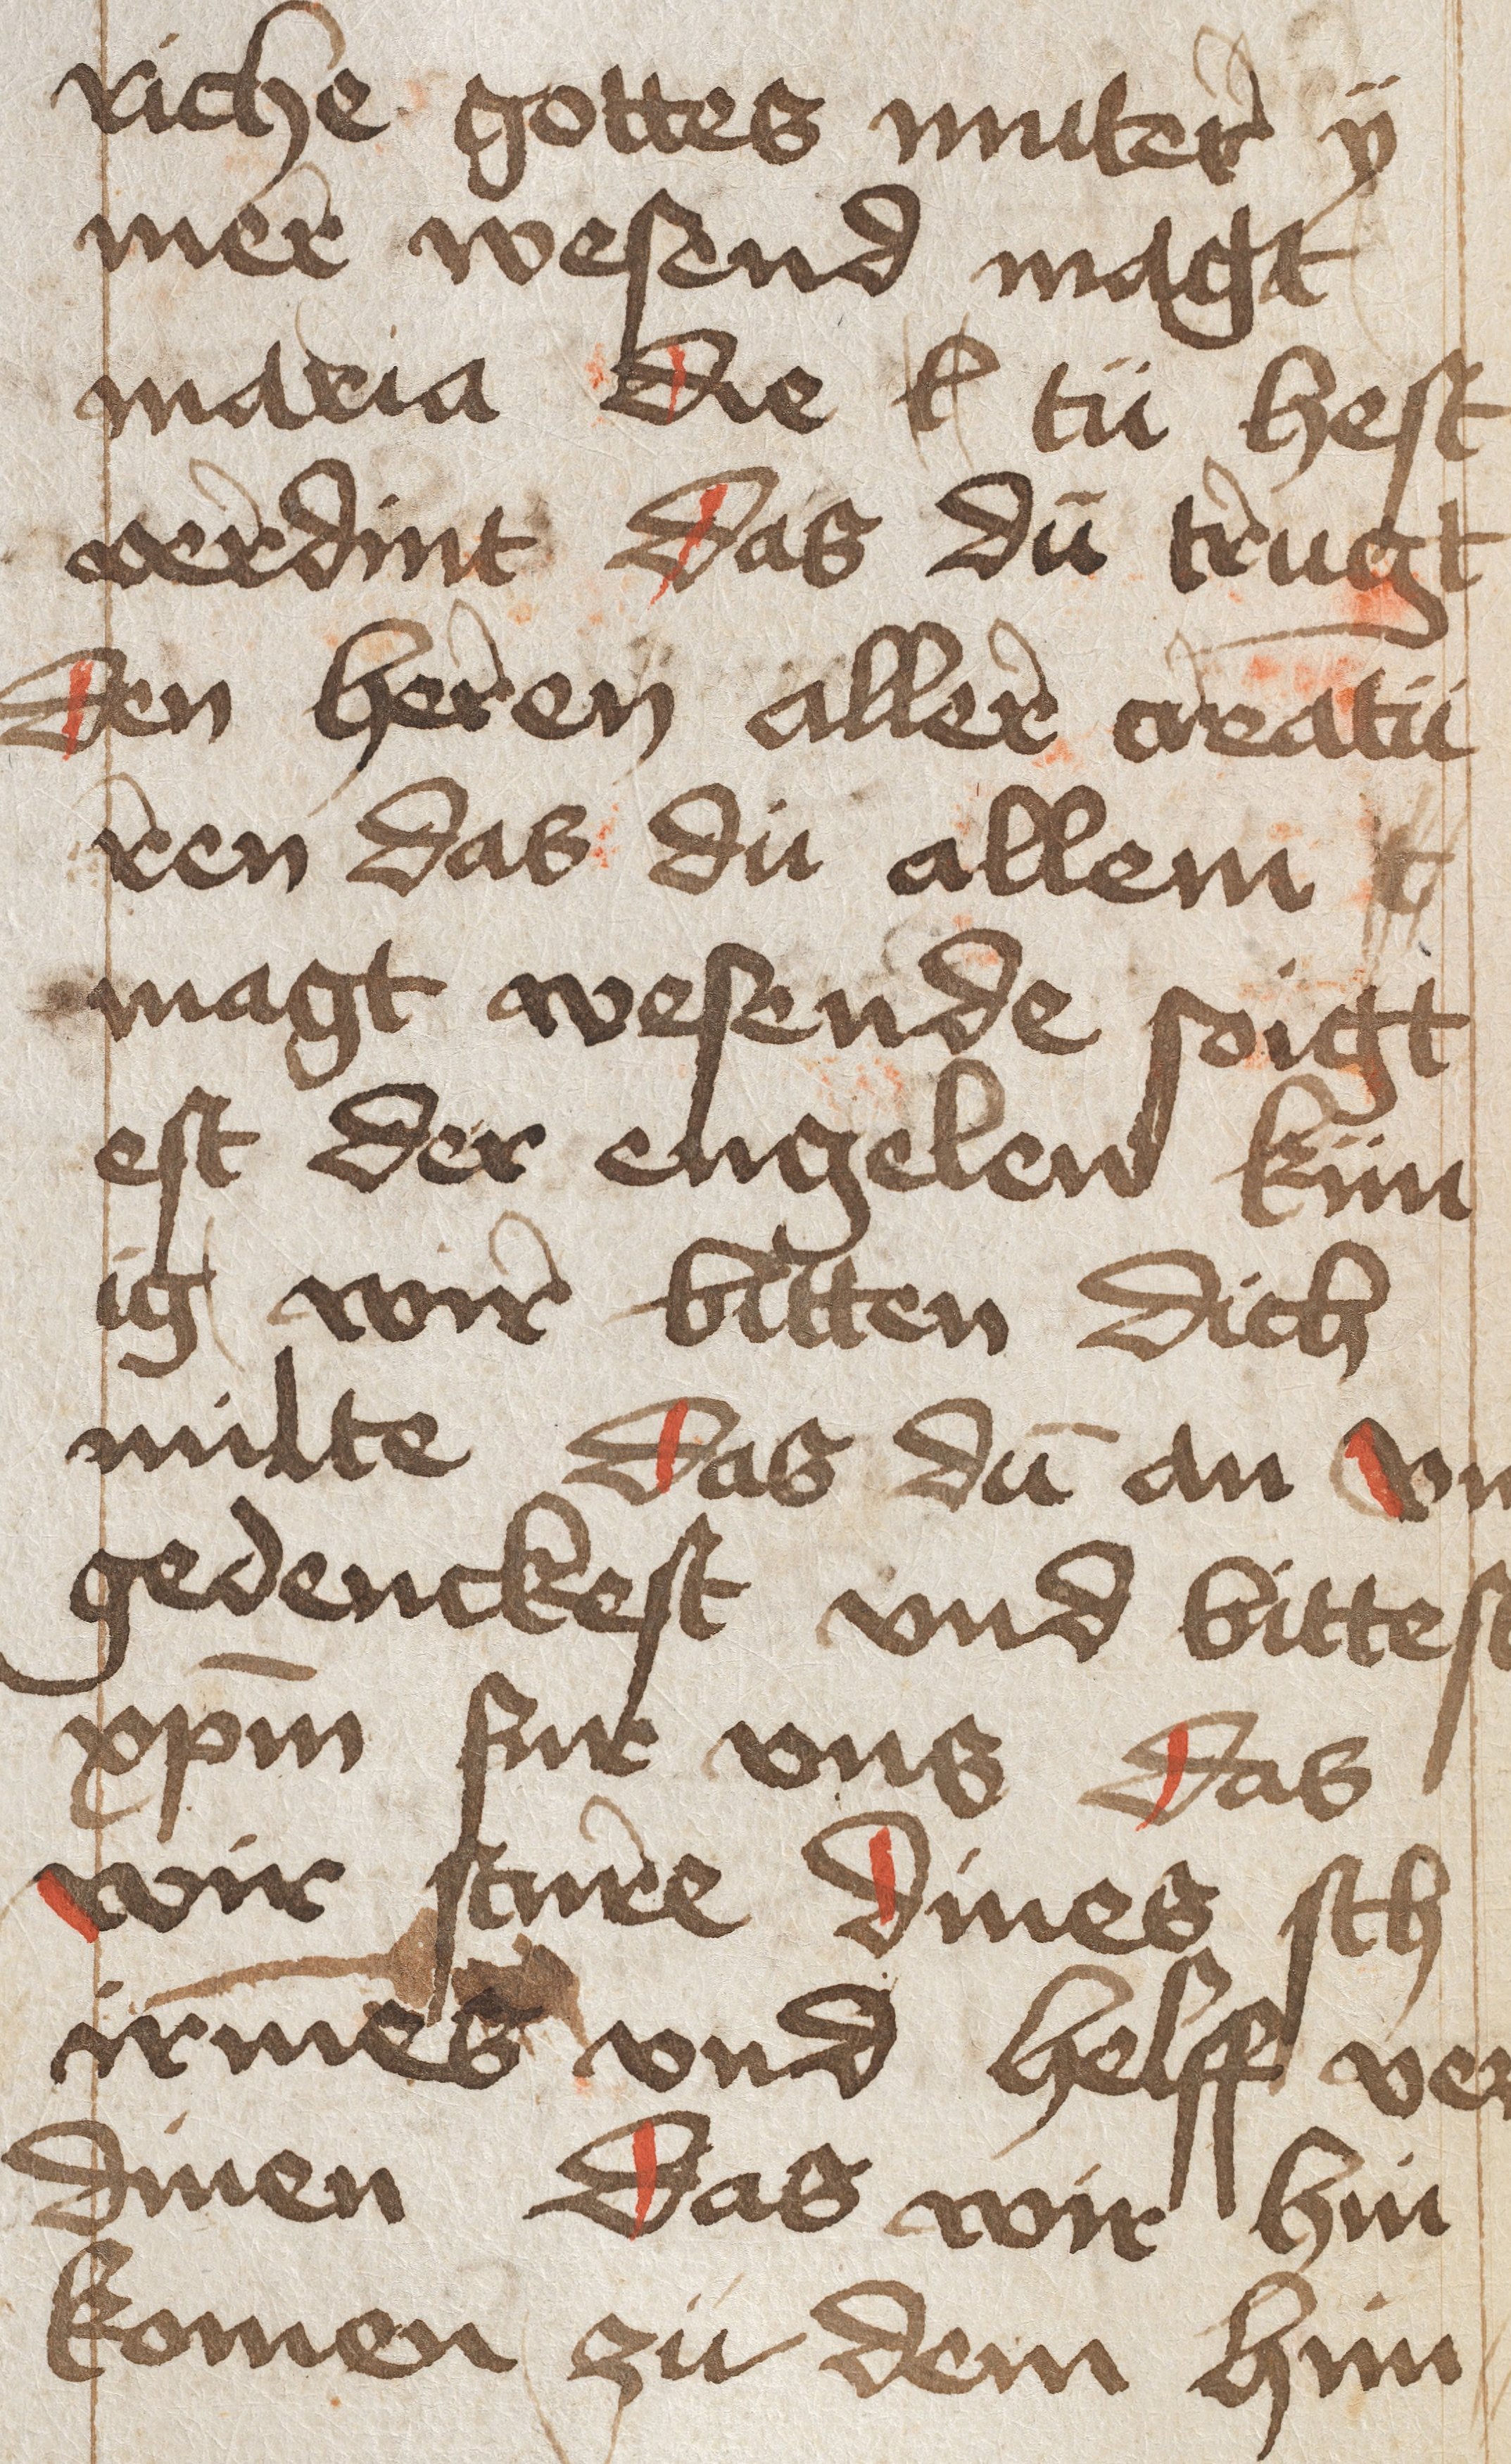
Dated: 1450–1499